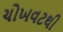
ચોખવટથી